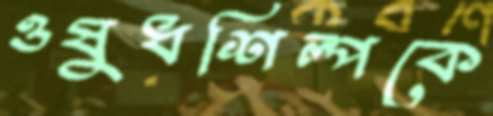
ওষুধশিল্পকে